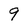
Character: 9